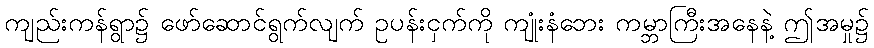
ကျည်းကန်ရွာ၌ ဖော်ဆောင်ရွက်လျက် ဥပန်းငှက်ကို ကျုံးနံဘေး ကမ္ဘာကြီးအနေနဲ့ ဤအမှု၌